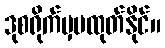
ဒုစရိုက်မှမထုတ်နိုင်။